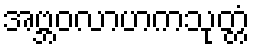
အဗ္ဘဝလာဟကသုတ္တံ